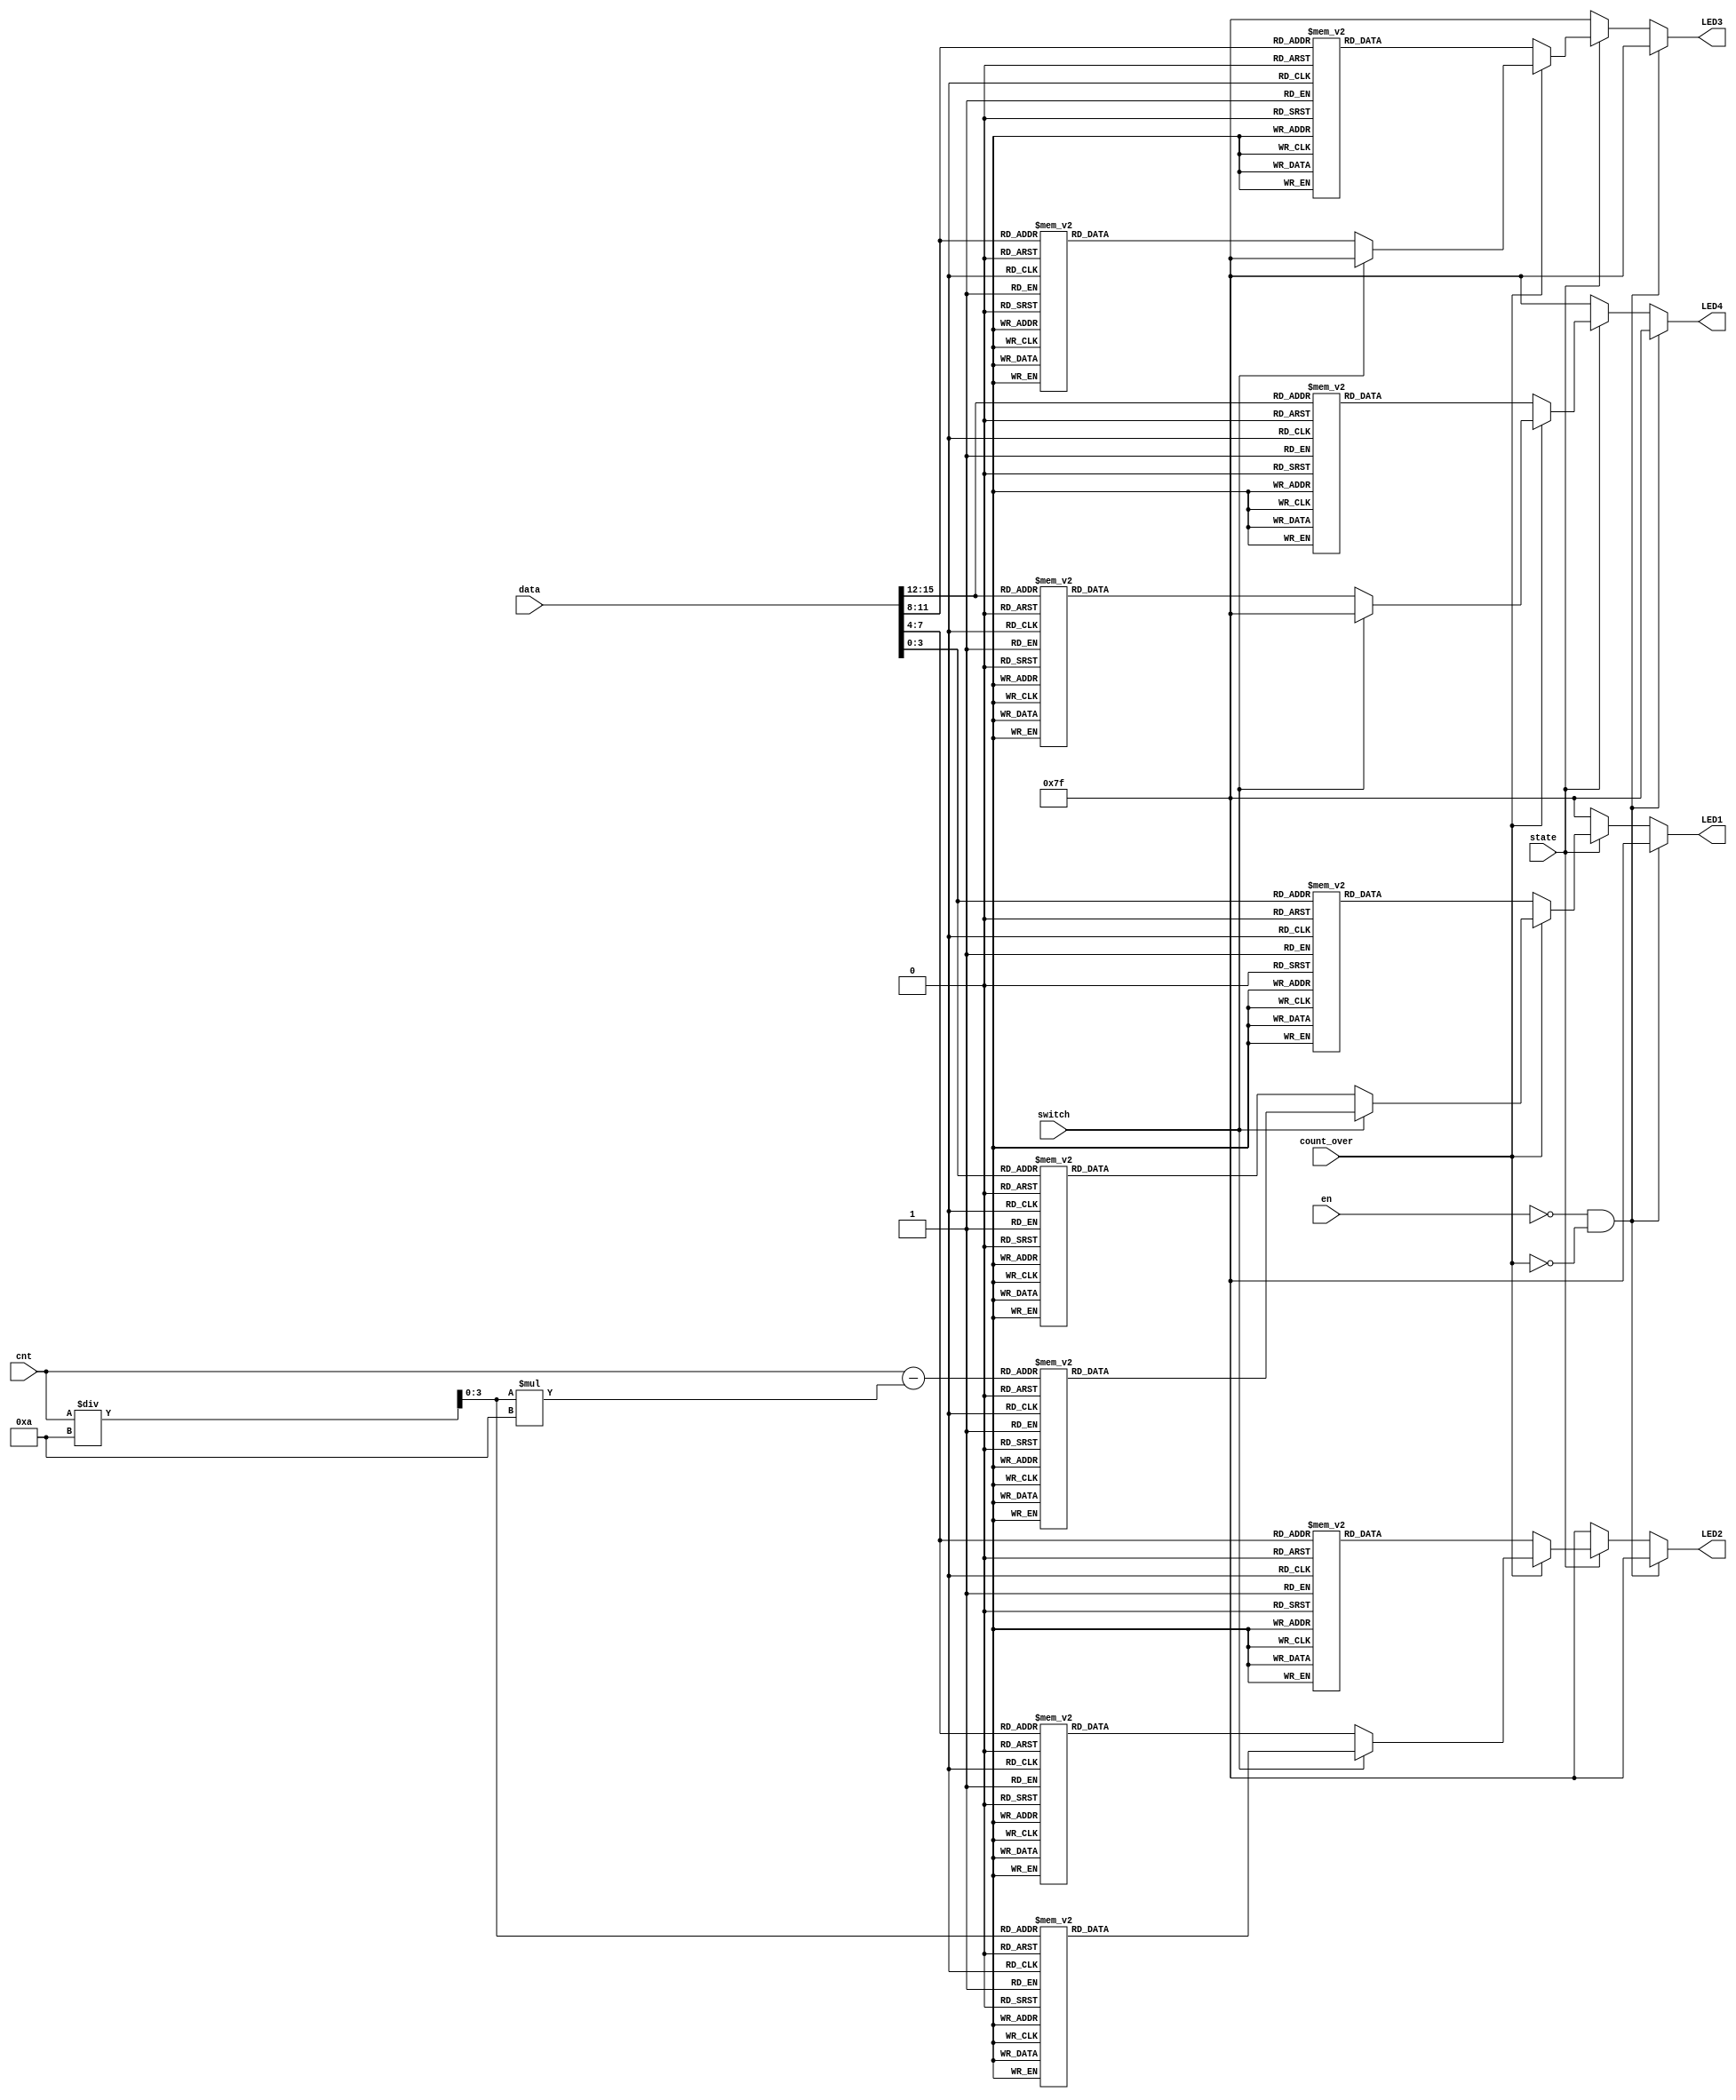
module BCDto7LED_2(LED4, LED3, LED2, LED1, data, cnt, en, count_over, state, switch);
	output reg [6:0] LED4, LED3, LED2, LED1;
	input [15:0] data;
	input [3:0] cnt;
	input en, count_over, state, switch;
	
	reg [3:0] bcd1, bcd2;
	
	always@ ( * ) begin
		bcd1 = cnt / 10;
		bcd2 = cnt - ( bcd1 * 10 );
	end
	
	always @(*) begin
		if (!en && !count_over )    LED4 <= 7'b1111111; // No display 
		else begin
		if ( state == 1 ) begin
			if ( !count_over ) // en is active high
				case (data[15:12])
					4'b0000: LED4 <= 7'b0000001; // 0
					4'b0001: LED4 <= 7'b1001111; // 1
					4'b0010: LED4 <= 7'b0010010; // 2
					4'b0011: LED4 <= 7'b0000110; // 3
					4'b0100: LED4 <= 7'b1001100; // 4
					4'b0101: LED4 <= 7'b0100100; // 5
					4'b0110: LED4 <= 7'b0100000; // 6
					4'b0111: LED4 <= 7'b0001111; // 7
					4'b1000: LED4 <= 7'b0000000; // 8
					default: LED4 <= 7'b0000100; // 9
				endcase
					else  begin// Switch between the data and N when lose
						if ( !switch ) // Display the data
							case (data[15:12])
								4'b0000: LED4 <= 7'b0000001; // 0
								4'b0001: LED4 <= 7'b1001111; // 1
								4'b0010: LED4 <= 7'b0010010; // 2
								4'b0011: LED4 <= 7'b0000110; // 3
								4'b0100: LED4 <= 7'b1001100; // 4
								4'b0101: LED4 <= 7'b0100100; // 5
								4'b0110: LED4 <= 7'b0100000; // 6
								4'b0111: LED4 <= 7'b0001111; // 7
								4'b1000: LED4 <= 7'b0000000; // 8
								default: LED4 <= 7'b0000100; // 9
							endcase
								else LED4 <= 7'b1111111; // Display trials
					end
			end		else LED4 <= 7'b1111111; // State = 0 reset all
		end
		
		if (!en && !count_over )    LED3 <= 7'b1111111; // No display 
		else begin
		if ( state == 1 ) begin
			if ( !count_over )
				case (data[11:8])
					4'b0000: LED3 <= 7'b0000001; // 0
					4'b0001: LED3 <= 7'b1001111; // 1
					4'b0010: LED3 <= 7'b0010010; // 2
					4'b0011: LED3 <= 7'b0000110; // 3
					4'b0100: LED3 <= 7'b1001100; // 4
					4'b0101: LED3 <= 7'b0100100; // 5
					4'b0110: LED3 <= 7'b0100000; // 6
					4'b0111: LED3 <= 7'b0001111; // 7
					4'b1000: LED3 <= 7'b0000000; // 8
					default: LED3 <= 7'b0000100; // 9
				endcase
					else begin
						if ( !switch ) // Display the data
							case (data[11: 8])
								4'b0000: LED3 <= 7'b0000001; // 0
								4'b0001: LED3 <= 7'b1001111; // 1
								4'b0010: LED3 <= 7'b0010010; // 2
								4'b0011: LED3 <= 7'b0000110; // 3
								4'b0100: LED3 <= 7'b1001100; // 4
								4'b0101: LED3 <= 7'b0100100; // 5
								4'b0110: LED3 <= 7'b0100000; // 6
								4'b0111: LED3 <= 7'b0001111; // 7
								4'b1000: LED3 <= 7'b0000000; // 8
								default: LED3 <= 7'b0000100; // 9
							endcase
								else LED3 <= 7'b1111111; // Display the trials
					end
			end		else LED3 <= 7'b1111111; // State = 0 reset all 
		end
		
		if (!en && !count_over )    LED2 <= 7'b1111111; // No display 
		else begin
			if ( state == 1 ) begin
				if ( !count_over )
					case (data[7:4])
						4'b0000: LED2 <= 7'b0000001; // 0
						4'b0001: LED2 <= 7'b1001111; // 1
						4'b0010: LED2 <= 7'b0010010; // 2
						4'b0011: LED2 <= 7'b0000110; // 3
						4'b0100: LED2 <= 7'b1001100; // 4
						4'b0101: LED2 <= 7'b0100100; // 5
						4'b0110: LED2 <= 7'b0100000; // 6
						4'b0111: LED2 <= 7'b0001111; // 7
						4'b1000: LED2 <= 7'b0000000; // 8
						default: LED2 <= 7'b0000100; // 9
					endcase
						else begin
								if ( !switch ) 
									case (data[ 7: 4])
										4'b0000: LED2 <= 7'b0000001; // 0
										4'b0001: LED2 <= 7'b1001111; // 1
										4'b0010: LED2 <= 7'b0010010; // 2
										4'b0011: LED2 <= 7'b0000110; // 3
										4'b0100: LED2 <= 7'b1001100; // 4
										4'b0101: LED2 <= 7'b0100100; // 5
										4'b0110: LED2 <= 7'b0100000; // 6
										4'b0111: LED2 <= 7'b0001111; // 7
										4'b1000: LED2 <= 7'b0000000; // 8
										default: LED2 <= 7'b0000100; // 9
									endcase else 
												case (bcd1)
														4'b0000: LED2 <= 7'b0000001; // 0
														4'b0001: LED2 <= 7'b1001111; // 1
														4'b0010: LED2 <= 7'b0010010; // 2
														4'b0011: LED2 <= 7'b0000110; // 3
														4'b0100: LED2 <= 7'b1001100; // 4
														4'b0101: LED2 <= 7'b0100100; // 5
														4'b0110: LED2 <= 7'b0100000; // 6
														4'b0111: LED2 <= 7'b0001111; // 7
														4'b1000: LED2 <= 7'b0000000; // 8
														default: LED2 <= 7'b0000100; // 9
												endcase
								end
				end				
					else LED2 <= 7'b1111111; // State = 0 reset all
		end
		
		if (!en && !count_over)    LED1 <= 7'b1111111; // No display 
		else begin
		if ( state == 1 ) begin
			if ( !count_over )
				case (data[3:0])
					4'b0000: LED1 <= 7'b0000001; // 0
					4'b0001: LED1 <= 7'b1001111; // 1
					4'b0010: LED1 <= 7'b0010010; // 2
					4'b0011: LED1 <= 7'b0000110; // 3
					4'b0100: LED1 <= 7'b1001100; // 4
					4'b0101: LED1 <= 7'b0100100; // 5
					4'b0110: LED1 <= 7'b0100000; // 6
					4'b0111: LED1 <= 7'b0001111; // 7
					4'b1000: LED1 <= 7'b0000000; // 8
					default: LED1 <= 7'b0000100; // 9
				endcase
					else begin
						if ( !switch ) 
							case (data[ 3: 0])
								4'b0000: LED1 <= 7'b0000001; // 0
								4'b0001: LED1 <= 7'b1001111; // 1
								4'b0010: LED1 <= 7'b0010010; // 2
								4'b0011: LED1 <= 7'b0000110; // 3
								4'b0100: LED1 <= 7'b1001100; // 4
								4'b0101: LED1 <= 7'b0100100; // 5
								4'b0110: LED1 <= 7'b0100000; // 6
								4'b0111: LED1 <= 7'b0001111; // 7
								4'b1000: LED1 <= 7'b0000000; // 8
								default: LED1 <= 7'b0000100; // 9
							endcase else
									case ( bcd2 )
										4'b0000: LED1 <= 7'b0000001; // 0
										4'b0001: LED1 <= 7'b1001111; // 1
										4'b0010: LED1 <= 7'b0010010; // 2
										4'b0011: LED1 <= 7'b0000110; // 3
										4'b0100: LED1 <= 7'b1001100; // 4
										4'b0101: LED1 <= 7'b0100100; // 5
										4'b0110: LED1 <= 7'b0100000; // 6
										4'b0111: LED1 <= 7'b0001111; // 7
										4'b1000: LED1 <= 7'b0000000; // 8
										default: LED1 <= 7'b0000100; // 9
									endcase
					end
				end	else LED1 <= 7'b1111111; // State = 0 reset all
			end
	end
endmodule